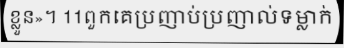
ខ្លួន»។ 11ពួកគេប្រញាប់ប្រញាល់ទម្លាក់